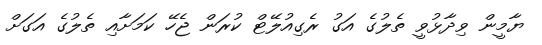
ޔާމީން ވިދާޅުވީ ތެލުގެ އަގު ރެގިއުލޭޓް ކުރަން ޖެހޭ ކަމަށާއި ތެލުގެ އަގަށް